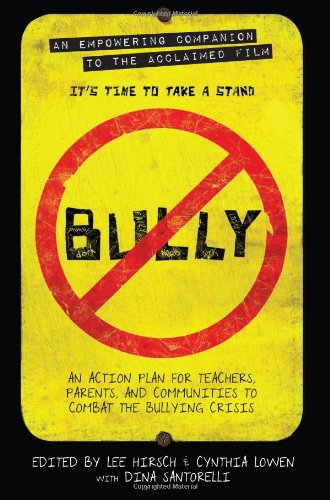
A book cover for Bully: An Action Plan for Teachers, Parents, and Communities to Combat the Bullying Crisis; Lee Hirsch; Parenting & Relationships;